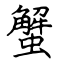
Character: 蟹